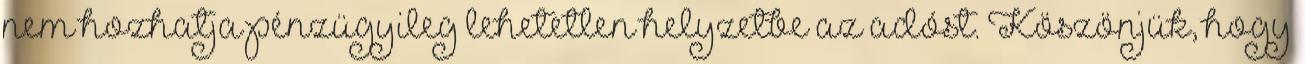
nem hozhatja pénzügyileg lehetetlen helyzetbe az adóst. Köszönjük, hogy